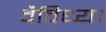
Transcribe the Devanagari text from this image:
वैविध्य।